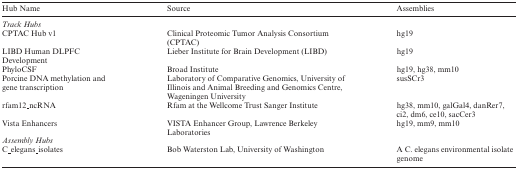
| Hub Name | Source | Assemblies |
 | --- | --- | --- |
 | <COLSPAN=3> Track Hubs |
 | CPTAC Hub v1 | Clinical Proteomic Tumor Analysis Consortium (CPTAC) | hg19 |
 | LIBD Human DLPFC Development | Lieber Institute for Brain Development (LIBD) | hg19 |
 | PhyloCSF | Broad Institute | hg19, hg38, mm10 |
 | Porcine DNA methylation and gene transcription | Laboratory of Comparative Genomics, University of Illinois and Animal Breeding and Genomics Centre, Wageningen University | susSCr3 |
 | rfam12_ncRNA | Rfam at the Wellcome Trust Sanger Institute | hg38, mm10, galGal4, danRer7, ci2, dm6, ce10, sacCer3 |
 | Vista Enhancers | VISTA Enhancer Group, Lawrence Berkeley Laboratories | hg19, mm9, mm10 |
 | <COLSPAN=3> Assembly Hubs |
 | C_elegans_isolates | Bob Waterston Lab, University of Washington | A C. elegans environmental isolate genome |